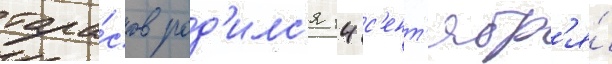
тара́сов род'илс'я 14 с'ент'ябр'я́